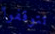
تتوقفوا